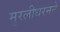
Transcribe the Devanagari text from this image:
मुरलीधरनने